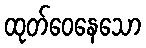
ထုတ်ဝေနေသော